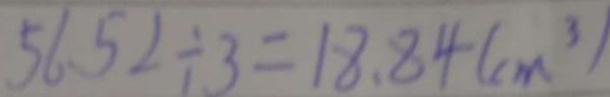
5 6 . 5 2 \div 3 = 1 8 . 8 4 ( c m ^ { 3 } )